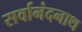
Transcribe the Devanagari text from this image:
सर्वानंदनाथ